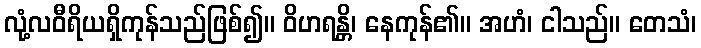
လုံ့လဝီရိယရှိကုန်သည်ဖြစ်၍။ ဝိဟရန္တိ၊ နေကုန်၏။ အဟံ၊ ငါသည်။ တေသံ၊